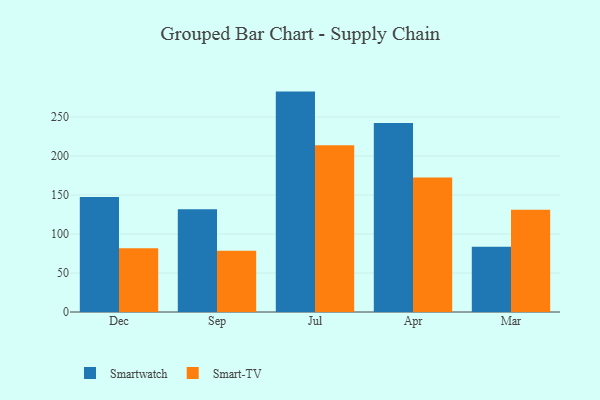
{"axis": {"x": "Month", "y": "Active Users"}, "legend": ["Smart-TV", "Smartwatch"], "data": [{"x": "Dec", "y": 147.4, "type": "Smartwatch"}, {"x": "Dec", "y": 81.7, "type": "Smart-TV"}, {"x": "Sep", "y": 131.7, "type": "Smartwatch"}, {"x": "Sep", "y": 78.6, "type": "Smart-TV"}, {"x": "Jul", "y": 282.6, "type": "Smartwatch"}, {"x": "Jul", "y": 213.9, "type": "Smart-TV"}, {"x": "Apr", "y": 242.2, "type": "Smartwatch"}, {"x": "Apr", "y": 172.6, "type": "Smart-TV"}, {"x": "Mar", "y": 83.7, "type": "Smartwatch"}, {"x": "Mar", "y": 131.2, "type": "Smart-TV"}]}